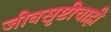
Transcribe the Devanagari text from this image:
जीवसृष्टीचाही